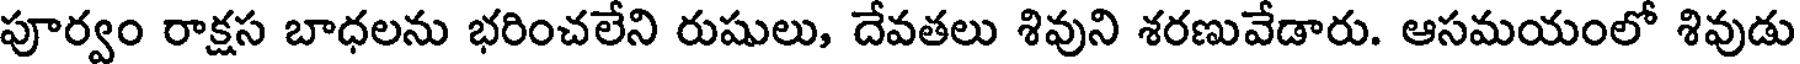
పూర్వం రాక్షస బాధలను భరించలేని రుషులు, దేవతలు శివుని శరణువేడారు. ఆసమయంలో శివుడు